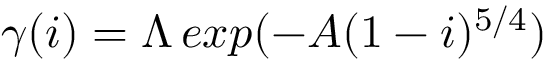
\gamma ( i ) = \Lambda \, e x p ( - A ( 1 - i ) ^ { 5 / 4 } )